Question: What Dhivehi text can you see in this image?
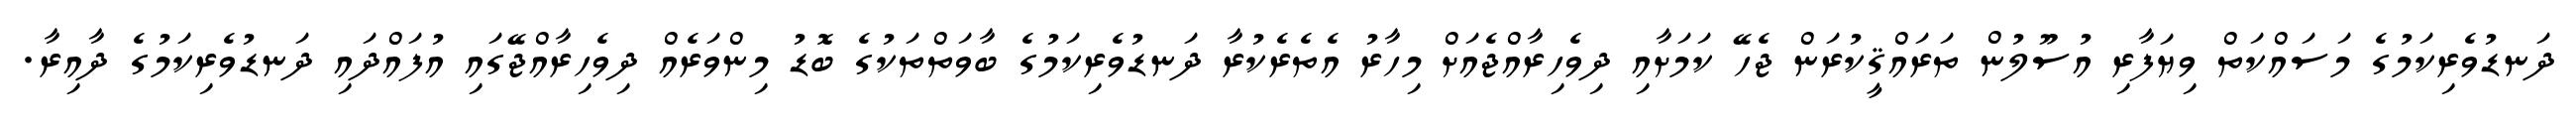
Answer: ދަނޑުވެރިކަމުގެ މަސައްކަތް ވިޔަފާރި އުސޫލުން ތަރައްޤީކުރަން ޖެހޭ ކަމަށާއި ދިވެހިރާއްޖެއަށް މިހާރު އެތެރެކުރާ ދަނޑުވެރިކަމުގެ ބާވަތްތަކުގެ ބޮޑު މިންވަރެއް ދިވެހިރާއްޖޭގައި އުފައްދައި ދަނޑުވެރިކަމުގެ ދާއިރާ.